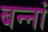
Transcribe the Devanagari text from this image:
बन्नां